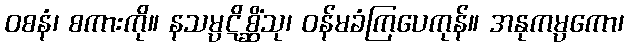
ဝစနံ၊ စကားကို။ နသမ္ပဋိစ္ဆိံသု၊ ဝန်မခံကြပေကုန်။ အနုကမ္ပကော၊